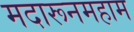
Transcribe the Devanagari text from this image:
मदारूनमहाम